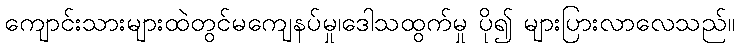
ကျောင်းသားများထဲတွင်မကျေနပ်မှု၊ဒေါသထွက်မှု ပို၍ များပြားလာလေသည်။